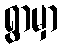
ရွာမှာ